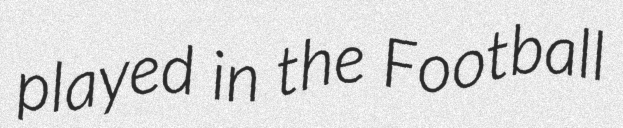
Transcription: played in the Football